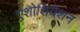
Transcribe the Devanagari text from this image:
एशोशियेशन